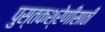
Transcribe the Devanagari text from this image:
पुस्तकश्रेणीसाठी